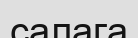
салага